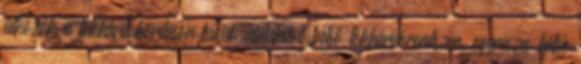
ütközők a lökhárítóborításon kívül; átalakított belső lökhárítórendszer, egyrészes hátsó